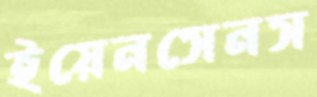
ইয়েনসেনস